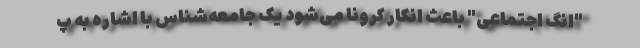
"انگ اجتماعی" باعث انکار کرونا می‌شود یک جامعه‌شناس با اشاره به پ